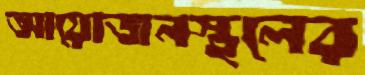
আয়োজনস্থলের